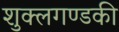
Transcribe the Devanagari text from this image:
शुक्लगण्डकी